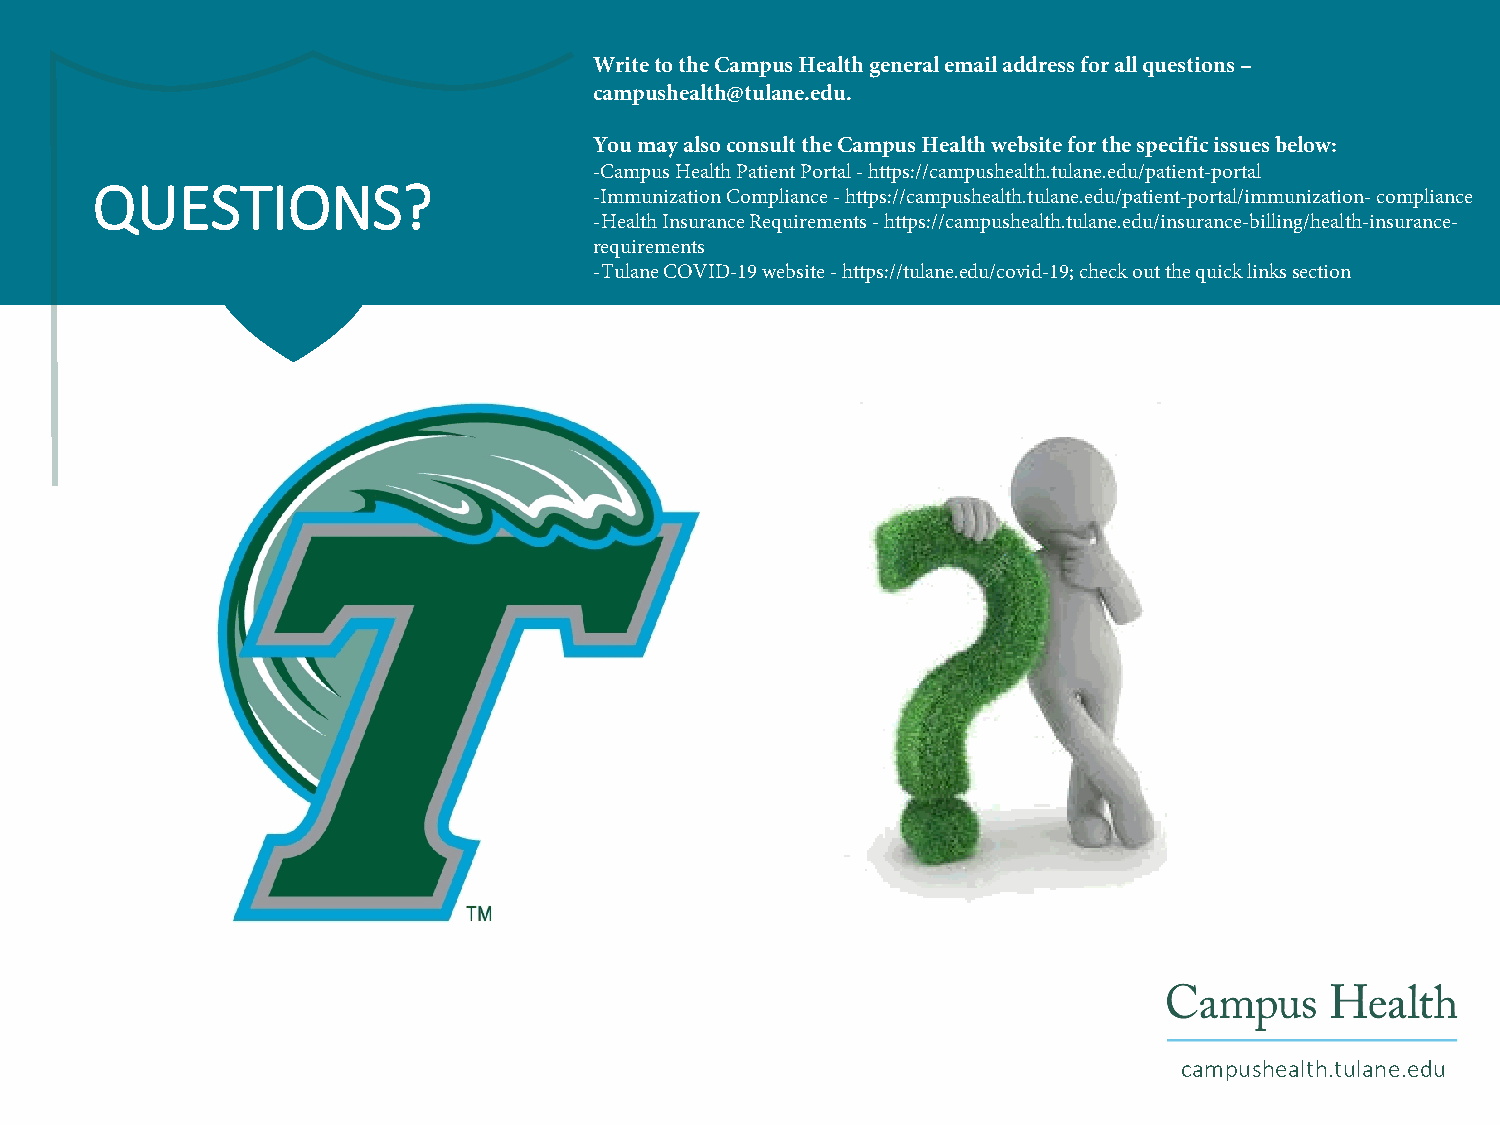
Write to the Campus Health general email address for all questions –
 campushealth@tulane.edu.
 You may also consult the Campus Health website for the specific issues below:
 -Campus Health Patient Portal - https://campushealth.tulane.edu/patient-portal
 QUESTIONS?
 -Immunization Compliance - https://campushealth.tulane.edu/patient-portal/immunization- compliance
 -Health Insurance Requirements - https://campushealth.tulane.edu/insurance-billing/health-insurance-
 requirements
 -Tulane COVID-19 website - https://tulane.edu/covid-19; check out the quick links section
 campushealth.tulane.edu